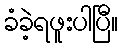
ခံခဲ့ရဖူးပါပြီ။